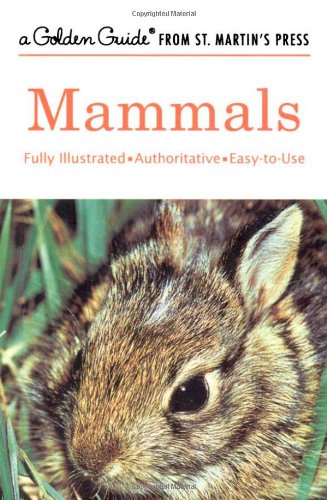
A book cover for Mammals (A Golden Guide from St. Martin's Press); Donald F. Hoffmeister; Sports & Outdoors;